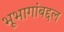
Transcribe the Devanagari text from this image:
भूभागांबद्दल